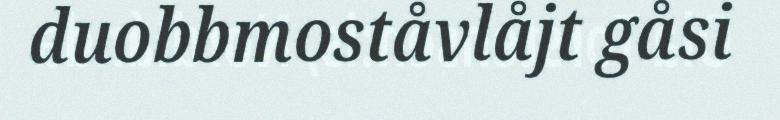
duobbmoståvlåjt gåsi